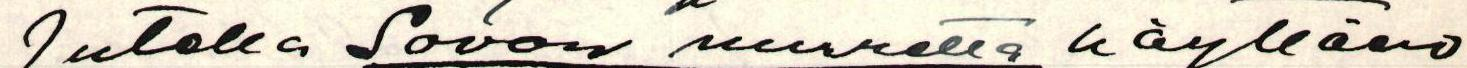
jutella Savon murretta käyttäen